Calcutta medical institutions reports 1892-1900
Year: 1892
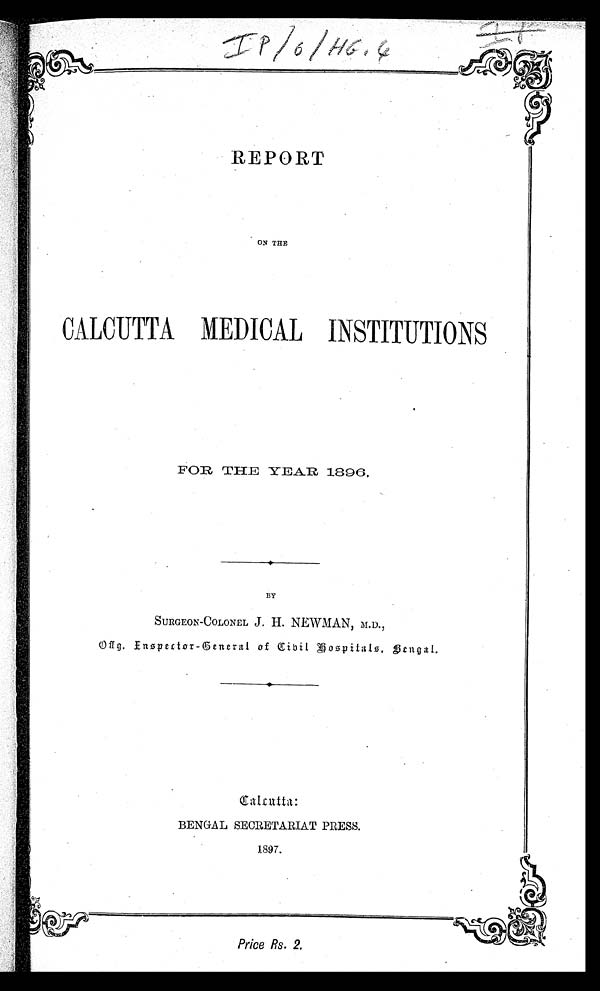
IP /6/HG.4
REPORT
ON THE
CALCUTTA MEDICAL INSTITUTIONS
FOR THE YEAR 1896.
•
BY
SURGEON-COLONEL J . H. NEWMAN, M.D.,
O ffg. Inspector-General of Cibil Hospitals, Bengal.
•
C a l c u t t a :
BENGAL SECRETARIAT PRESS.
1897.
Price Rs. 2.